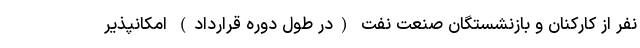
نفر از کارکنان و بازنشستگان صنعت نفت (در طول دوره قرارداد) امکانپذیر